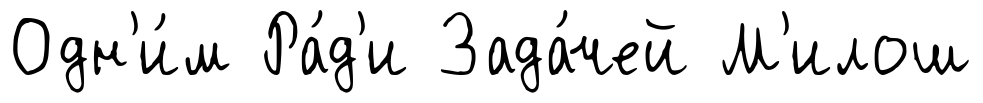
Одн'и́м Ра́д'и Зада́чей М'илош